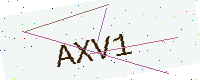
Text: AXV1